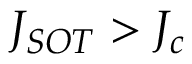
J _ { { S O T } } > J _ { c }